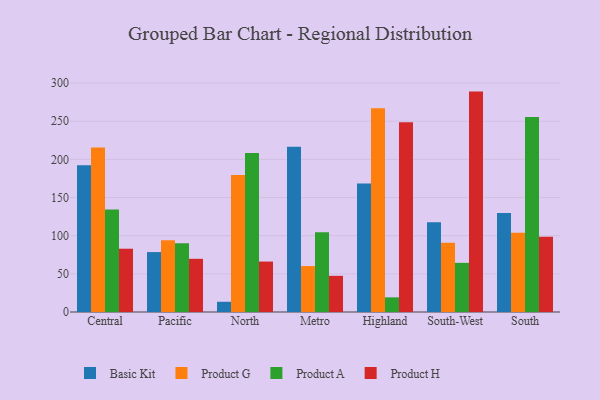
{"axis": {"x": "Region", "y": "Inventory Turnover"}, "legend": ["Basic Kit", "Product A", "Product G", "Product H"], "data": [{"x": "Central", "y": 192.2, "type": "Basic Kit"}, {"x": "Central", "y": 215.7, "type": "Product G"}, {"x": "Central", "y": 134.2, "type": "Product A"}, {"x": "Central", "y": 82.9, "type": "Product H"}, {"x": "Pacific", "y": 78.5, "type": "Basic Kit"}, {"x": "Pacific", "y": 93.9, "type": "Product G"}, {"x": "Pacific", "y": 90.1, "type": "Product A"}, {"x": "Pacific", "y": 69.7, "type": "Product H"}, {"x": "North", "y": 13.4, "type": "Basic Kit"}, {"x": "North", "y": 179.4, "type": "Product G"}, {"x": "North", "y": 208.3, "type": "Product A"}, {"x": "North", "y": 66.1, "type": "Product H"}, {"x": "Metro", "y": 216.6, "type": "Basic Kit"}, {"x": "Metro", "y": 60.2, "type": "Product G"}, {"x": "Metro", "y": 104.6, "type": "Product A"}, {"x": "Metro", "y": 47.4, "type": "Product H"}, {"x": "Highland", "y": 168.5, "type": "Basic Kit"}, {"x": "Highland", "y": 267.1, "type": "Product G"}, {"x": "Highland", "y": 19.2, "type": "Product A"}, {"x": "Highland", "y": 248.8, "type": "Product H"}, {"x": "South-West", "y": 117.5, "type": "Basic Kit"}, {"x": "South-West", "y": 90.9, "type": "Product G"}, {"x": "South-West", "y": 64.4, "type": "Product A"}, {"x": "South-West", "y": 288.8, "type": "Product H"}, {"x": "South", "y": 129.6, "type": "Basic Kit"}, {"x": "South", "y": 103.7, "type": "Product G"}, {"x": "South", "y": 255.5, "type": "Product A"}, {"x": "South", "y": 98.5, "type": "Product H"}]}